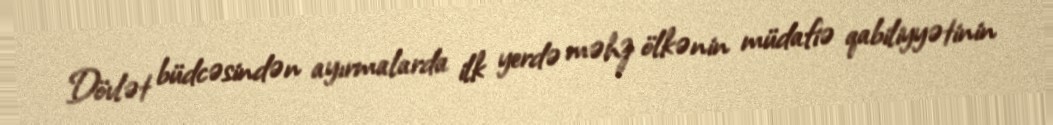
Dövlət büdcəsindən ayırmalarda ilk yerdə məhz ölkənin müdafiə qabiliyyətinin